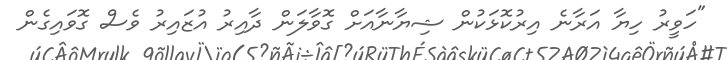
"ހަވީރު ހިޔާ އަރާނެ އިރުކޮޅަކުން ޝިޔާނާއަށް ގޮވާލަން ދާއިރު އުޒައިރު ވެސް ގޮވައިގެން